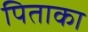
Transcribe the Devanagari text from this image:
पिताका